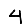
Digit: 4